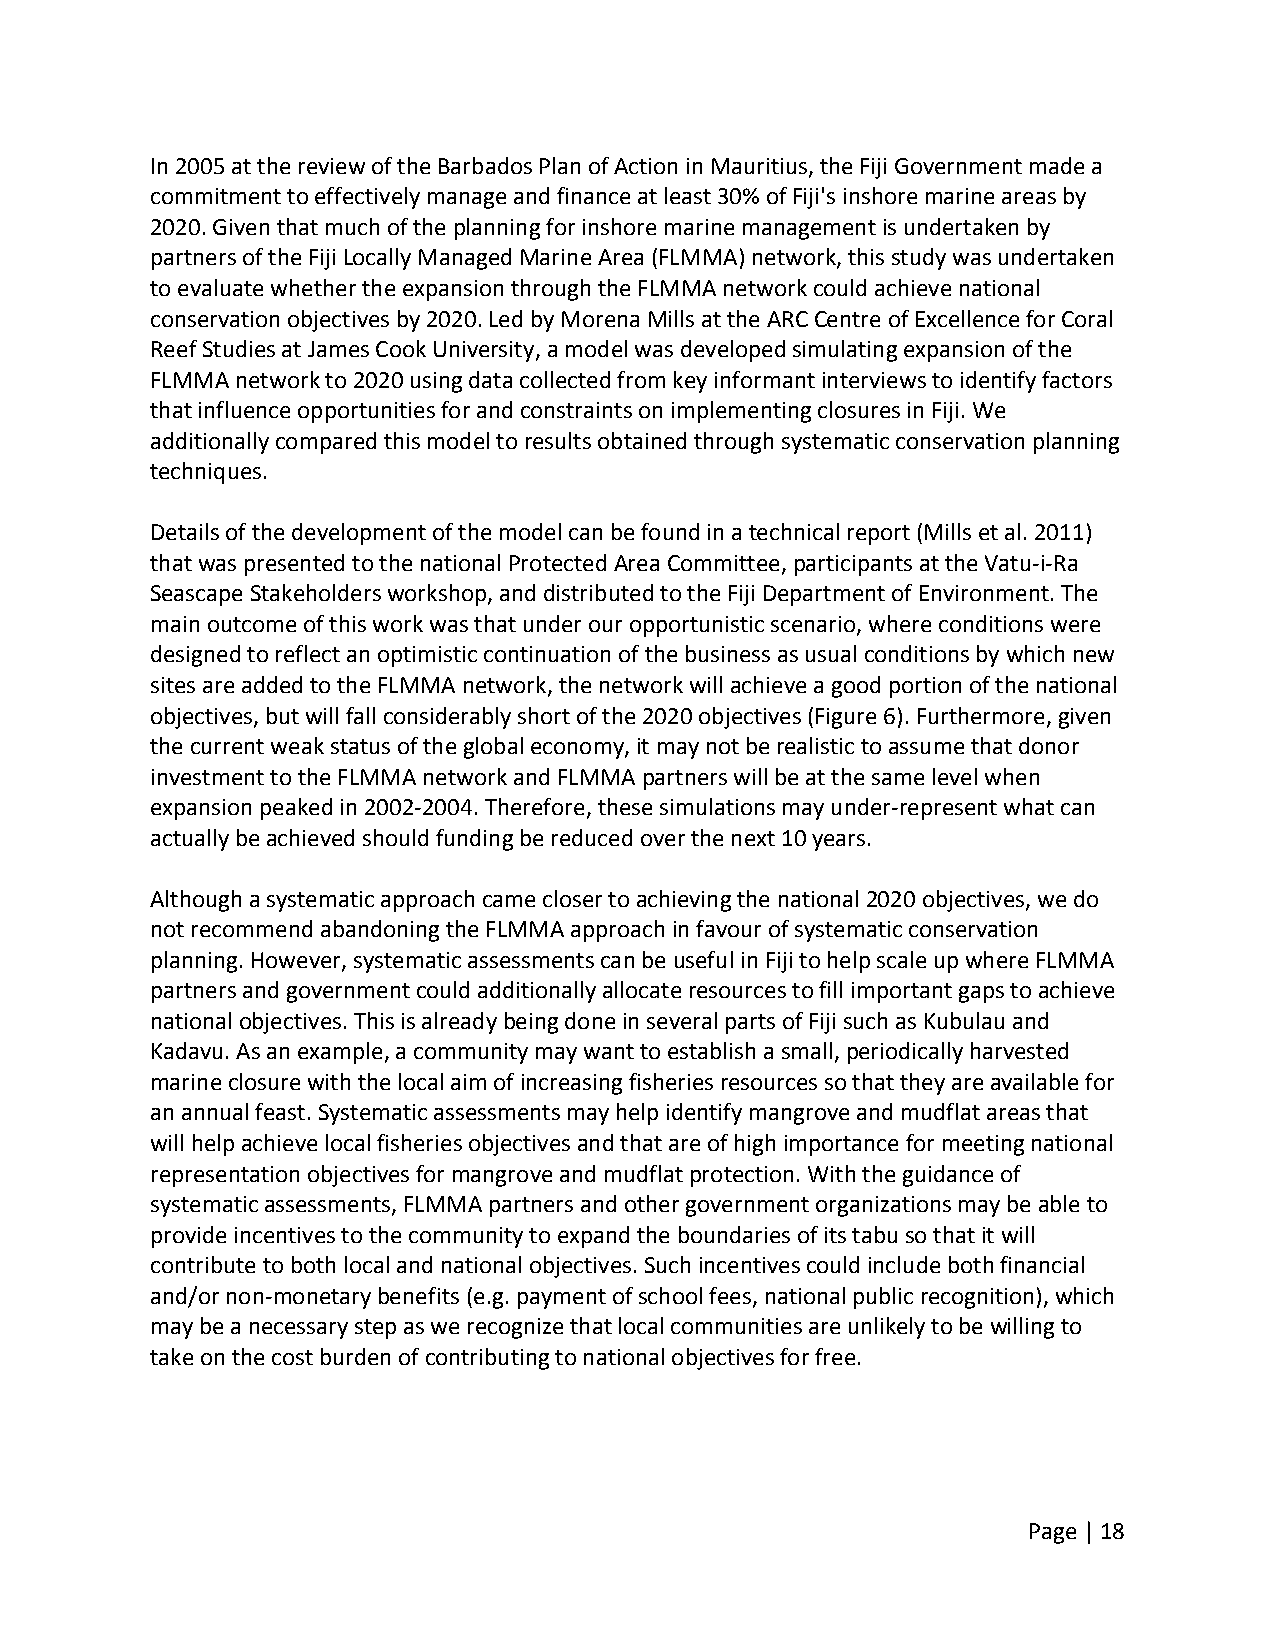
In 2005 at the review of the Barbados Plan of Action in Mauritius, the Fiji Government made a
 commitment to effectively manage and finance at least 30% of Fiji's inshore marine areas by
 2020. Given that much of the planning for inshore marine management is undertaken by
 partners of the Fiji Locally Managed Marine Area (FLMMA) network, this study was undertaken
 to evaluate whether the expansion through the FLMMA network could achieve national
 conservation objectives by 2020. Led by Morena Mills at the ARC Centre of Excellence for Coral
 Reef Studies at James Cook University, a model was developed simulating expansion of the
 FLMMA network to 2020 using data collected from key informant interviews to identify factors
 that influence opportunities for and constraints on implementing closures in Fiji. We
 additionally compared this model to results obtained through systematic conservation planning
 techniques.
 Details of the development of the model can be found in a technical report (Mills et al. 2011)
 that was presented to the national Protected Area Committee, participants at the Vatu‐i‐Ra
 Seascape Stakeholders workshop, and distributed to the Fiji Department of Environment. The
 main outcome of this work was that under our opportunistic scenario, where conditions were
 designed to reflect an optimistic continuation of the business as usual conditions by which new
 sites are added to the FLMMA network, the network will achieve a good portion of the national
 objectives, but will fall considerably short of the 2020 objectives (Figure 6). Furthermore, given
 the current weak status of the global economy, it may not be realistic to assume that donor
 investment to the FLMMA network and FLMMA partners will be at the same level when
 expansion peaked in 2002‐2004. Therefore, these simulations may under‐represent what can
 actually be achieved should funding be reduced over the next 10 years.
 Although a systematic approach came closer to achieving the national 2020 objectives, we do
 not recommend abandoning the FLMMA approach in favour of systematic conservation
 planning. However, systematic assessments can be useful in Fiji to help scale up where FLMMA
 partners and government could additionally allocate resources to fill important gaps to achieve
 national objectives. This is already being done in several parts of Fiji such as Kubulau and
 Kadavu. As an example, a community may want to establish a small, periodically harvested
 marine closure with the local aim of increasing fisheries resources so that they are available for
 an annual feast. Systematic assessments may help identify mangrove and mudflat areas that
 will help achieve local fisheries objectives and that are of high importance for meeting national
 representation objectives for mangrove and mudflat protection. With the guidance of
 systematic assessments, FLMMA partners and other government organizations may be able to
 provide incentives to the community to expand the boundaries of its tabu so that it will
 contribute to both local and national objectives. Such incentives could include both financial
 and/or non‐monetary benefits (e.g. payment of school fees, national public recognition), which
 may be a necessary step as we recognize that local communities are unlikely to be willing to
 take on the cost burden of contributing to national objectives for free.
 Page | 18